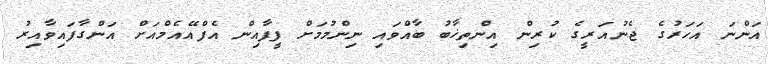
އަންނަ އަހަރުގެ ޖެނުއަރީގެ ކުރިން އިންތިޚާބު ބާއްވައި ނިންމުމަށް ފީފާއިން އެފްއޭއެމްއަށް އަންގާފައިވާއިރު